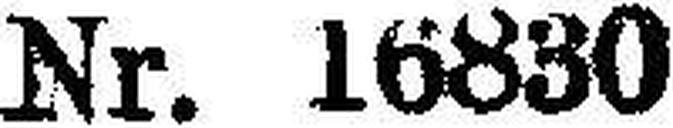
Nr. 16830